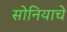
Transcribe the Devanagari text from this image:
सोनियाचे